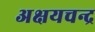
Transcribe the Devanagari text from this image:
अक्षयचन्द्र